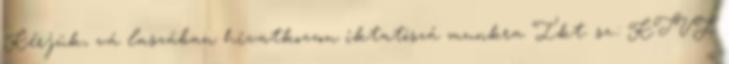
Kérjük, vá laszában hivatkozzon iktatószá munkra Ikt. sz.: KTVF: